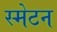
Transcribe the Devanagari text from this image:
स्मेटन